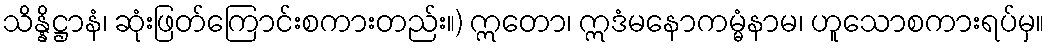
သိန္နိဋ္ဌာနံ၊ ဆုံးဖြတ်ကြောင်းစကားတည်း။) ဣတော၊ ဣဒံမနောကမ္မံနာမ၊ ဟူသောစကားရပ်မှ။